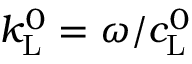
k _ { \mathrm { L } } ^ { 0 } = \omega / c _ { \mathrm { L } } ^ { 0 }